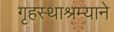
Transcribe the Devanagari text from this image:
गृहस्थाश्रम्याने